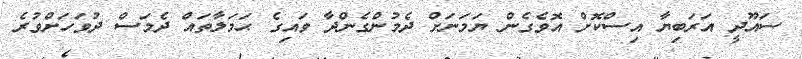
ސައޫދީ އަރަބިޔާ އިސްކޮށް އޮވެގެން ޔަމަނަށް ދެމުންގެންދާ ވައިގެ ޙަމަލާތައް ދެމަސް ދުވަހަށްވުރެ